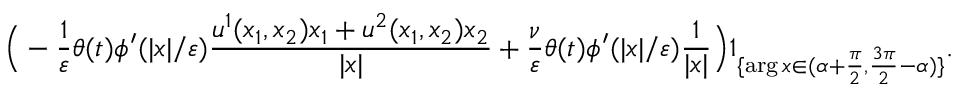
\Big ( - \frac { 1 } { \varepsilon } \theta ( t ) \phi ^ { \prime } ( | x | / \varepsilon ) \frac { u ^ { 1 } ( x _ { 1 } , x _ { 2 } ) x _ { 1 } + u ^ { 2 } ( x _ { 1 } , x _ { 2 } ) x _ { 2 } } { | x | } + \frac { \nu } { \varepsilon } \theta ( t ) \phi ^ { \prime } ( | x | / \varepsilon ) \frac { 1 } { | x | } \Big ) 1 _ { \{ \arg x \in ( \alpha + \frac { \pi } { 2 } , \frac { 3 \pi } { 2 } - \alpha ) \} } .